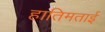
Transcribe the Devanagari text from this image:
हातिमताई